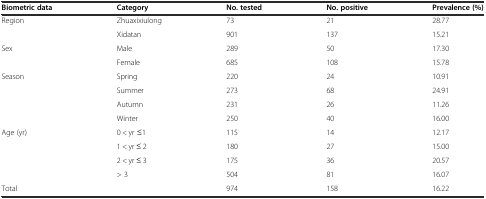
<table><thead><tr><td><b>Biometric data</b></td><td><b>Category</b></td><td><b>No. tested</b></td><td><b>No. positive</b></td><td><b>Prevalence (%)</b></td></tr></thead><tbody><tr><td>Region</td><td>Zhuaxixiulong</td><td>73</td><td>21</td><td>28.77</td></tr><tr><td></td><td>Xidatan</td><td>901</td><td>137</td><td>15.21</td></tr><tr><td>Sex</td><td>Male</td><td>289</td><td>50</td><td>17.30</td></tr><tr><td></td><td>Female</td><td>685</td><td>108</td><td>15.78</td></tr><tr><td>Season</td><td>Spring</td><td>220</td><td>24</td><td>10.91</td></tr><tr><td></td><td>Summer</td><td>273</td><td>68</td><td>24.91</td></tr><tr><td></td><td>Autumn</td><td>231</td><td>26</td><td>11.26</td></tr><tr><td></td><td>Winter</td><td>250</td><td>40</td><td>16.00</td></tr><tr><td>Age (yr)</td><td>0 &lt; yr ≤1</td><td>115</td><td>14</td><td>12.17</td></tr><tr><td></td><td>1 &lt; yr ≤ 2</td><td>180</td><td>27</td><td>15.00</td></tr><tr><td></td><td>2 &lt; yr ≤ 3</td><td>175</td><td>36</td><td>20.57</td></tr><tr><td></td><td>&gt; 3</td><td>504</td><td>81</td><td>16.07</td></tr><tr><td>Total</td><td></td><td>974</td><td>158</td><td>16.22</td></tr></tbody></table>